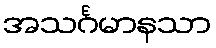
အသင်္ဂမာနသာ